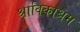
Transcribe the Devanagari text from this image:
श्राविकाश्रम